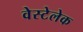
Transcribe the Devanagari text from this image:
वेस्टेलेक